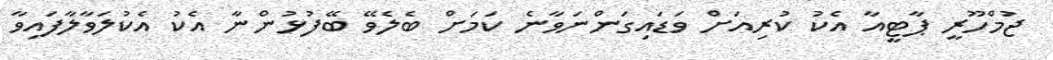
ޖުމްހޫރީ ޕާޓީއާ އެކު ކުރިއަށް ވަޑައިގަންނަވާނެ ކަމަށް ބެލެވޭ ބޭފުޅުންނާ އެކު އެކުލަވާލާފައިވާ